Report on the Civil Veterinary Department, Eastern Bengal and Assam - 1907-1911
Year: 1907
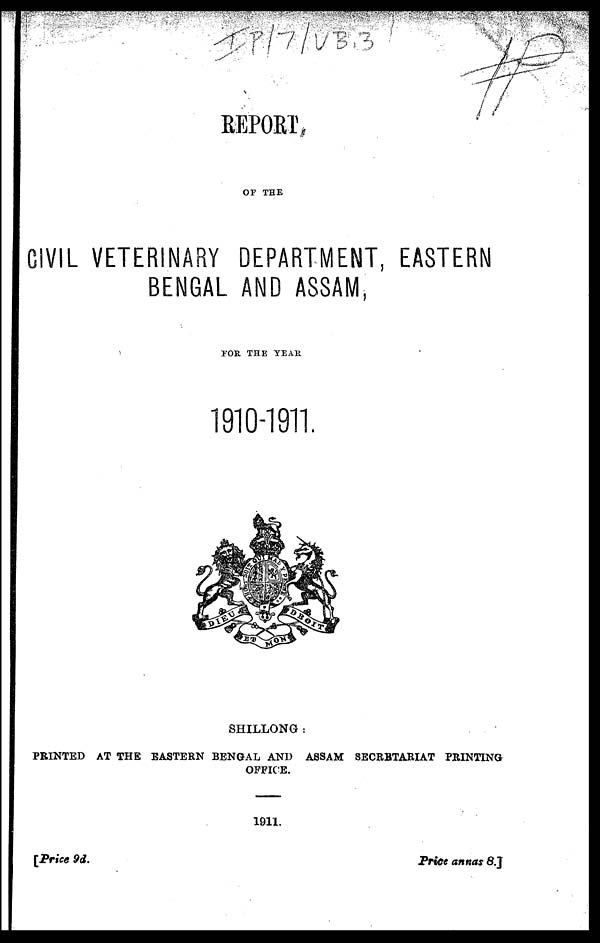
REPORT
OF THE
ClVIL VETERINARY DEPARTMENT, EASTERN
BENGAL AND ASSAM,
FOR THE YEAR
1910-1911.
SHILLONG:
PRINTED AT THE EASTERN BENGAL AND ASSAM SECRETARIAT PRINTING
OFFICE.
1911.
[Price 9d.
Price annas 8.]